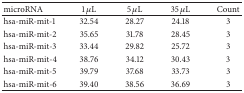
| microRNA | 1 μL | 5 μL | 35 μL | Count |
 | --- | --- | --- | --- | --- |
 | hsa-miR-mit-1 | 32.54 | 28.27 | 24.18 | 3 |
 | hsa-miR-mit-2 | 35.65 | 31.78 | 28.45 | 3 |
 | hsa-miR-mit-3 | 33.44 | 29.82 | 25.72 | 3 |
 | hsa-miR-mit-4 | 38.76 | 34.12 | 30.43 | 3 |
 | hsa-miR-mit-5 | 39.79 | 37.68 | 33.73 | 3 |
 | hsa-miR-mit-6 | 39.40 | 38.56 | 36.69 | 3 |